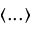
\langle . . . \rangle